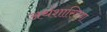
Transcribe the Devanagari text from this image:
अर्थशास्त्रिया